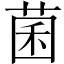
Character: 菌